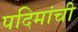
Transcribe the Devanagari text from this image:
पदिमांची